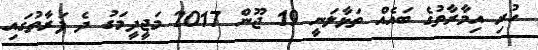
ހުރި އިމާރާތުގެ ބައެއް ތަޅާލަނީ 19 ޖޫން 2017 މަޖީދީމަގު ދެ ފަރާތުގައި